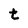
Character: t